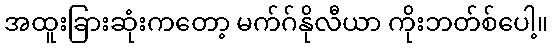
အထူးခြားဆုံးကတော့ မက်ဂ်နိုလီယာ ကိုးဘတ်စ်ပေါ့။